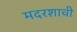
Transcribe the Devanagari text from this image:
मदरशाची